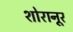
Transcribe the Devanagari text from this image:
शोरानूर